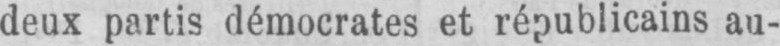
deux partis démocrates et républicains au-